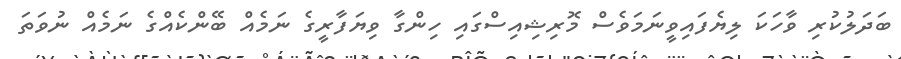
ބަދަލުކުރި ވާހަކަ ލިޔެފައިވީނަމަވެސް މޮރިޝިއިސްގައި ހިންގާ ވިޔަފާރީގެ ނަމެއް ބޭންކެއްގެ ނަމެއް ނުވަތަ